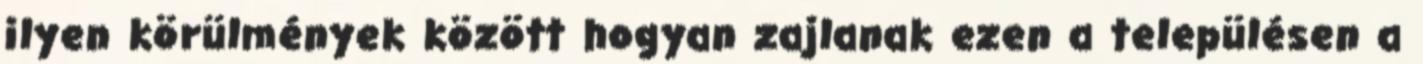
ilyen körülmények között hogyan zajlanak ezen a településen a